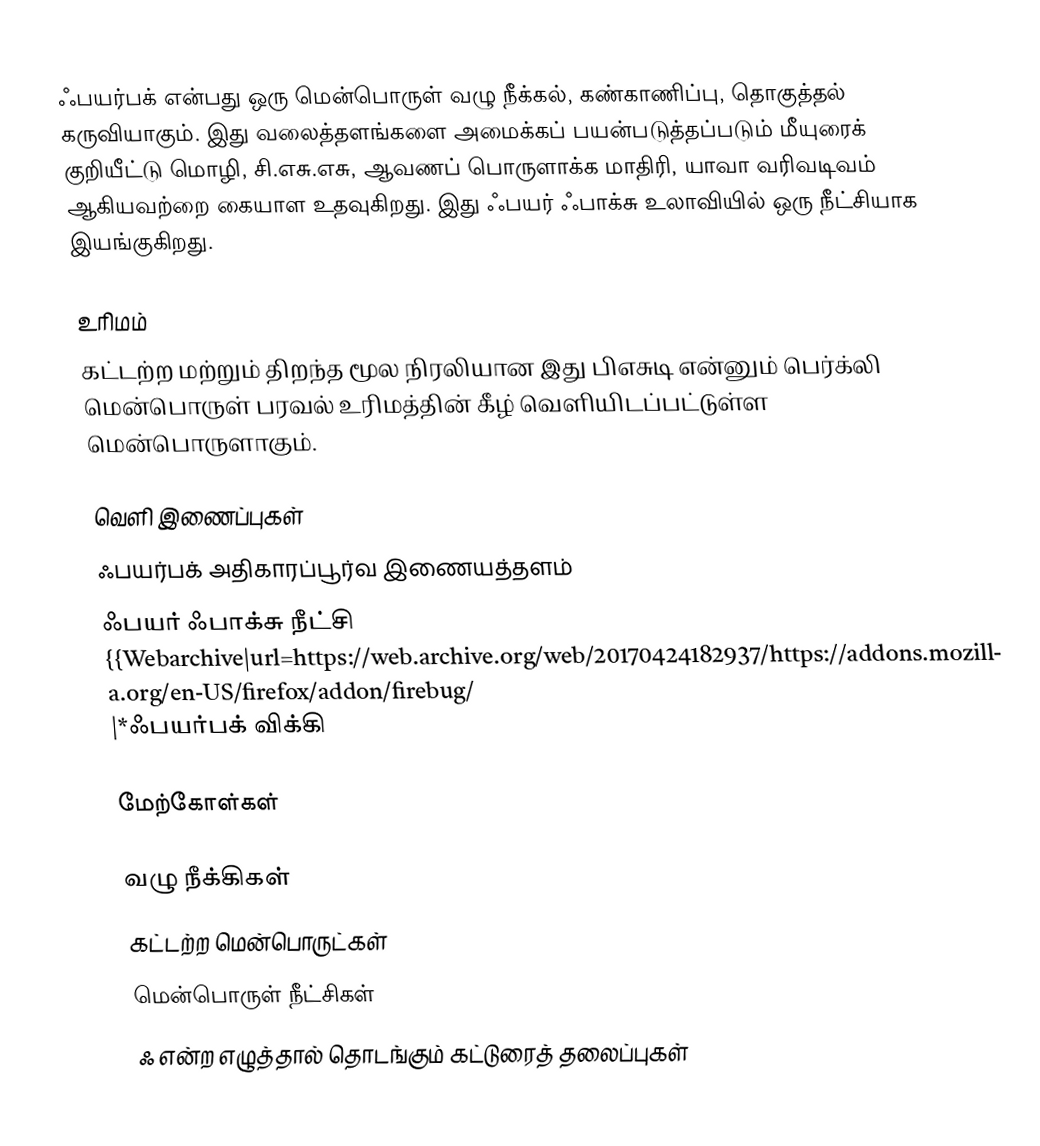
ஃபயர்பக் என்பது ஒரு மென்பொருள் வழு நீக்கல், கண்காணிப்பு, தொகுத்தல் கருவியாகும். இது வலைத்தளங்களை அமைக்கப் பயன்படுத்தப்படும் மீயுரைக் குறியீட்டு மொழி, சி.எசு.எசு, ஆவணப் பொருளாக்க மாதிரி, யாவா வரிவடிவம்  ஆகியவற்றை கையாள உதவுகிறது.  இது ஃபயர் ஃபாக்சு உலாவியில் ஒரு நீட்சியாக இயங்குகிறது.

உரிமம்
கட்டற்ற மற்றும் திறந்த மூல நிரலியான இது பிஎசுடி என்னும் பெர்க்லி மென்பொருள் பரவல் உரிமத்தின் கீழ் வெளியிடப்பட்டுள்ள மென்பொருளாகும்.

வெளி இணைப்புகள்
ஃபயர்பக் அதிகாரப்பூர்வ இணையத்தளம்
ஃபயர் ஃபாக்சு நீட்சி {{Webarchive|url=https://web.archive.org/web/20170424182937/https://addons.mozilla.org/en-US/firefox/addon/firebug/ |*ஃபயர்பக் விக்கி

மேற்கோள்கள்

வழு நீக்கிகள்
கட்டற்ற மென்பொருட்கள்
மென்பொருள் நீட்சிகள்
ஃ என்ற எழுத்தால் தொடங்கும் கட்டுரைத் தலைப்புகள்